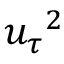
{ u _ { \tau } } ^ { 2 }